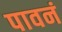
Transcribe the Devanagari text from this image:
पावनं